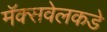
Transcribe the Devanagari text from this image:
मॅक्सवेलकडे